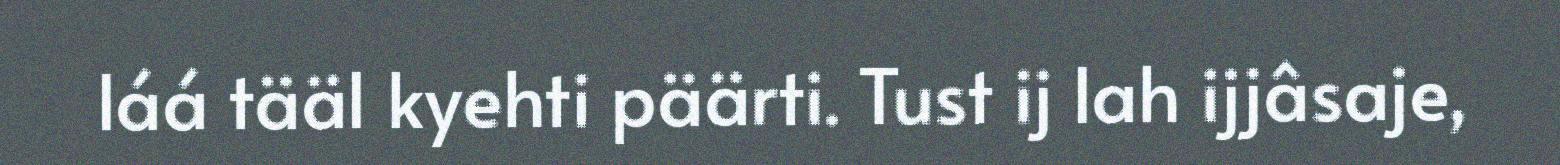
láá tääl kyehti päärti. Tust ij lah ijjâsaje,